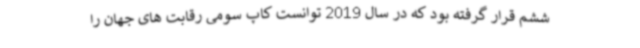
ششم قرار گرفته بود که در سال 2019 توانست کاپ سومی رقابت های جهان را